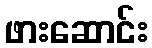
ဖားဆောင်း